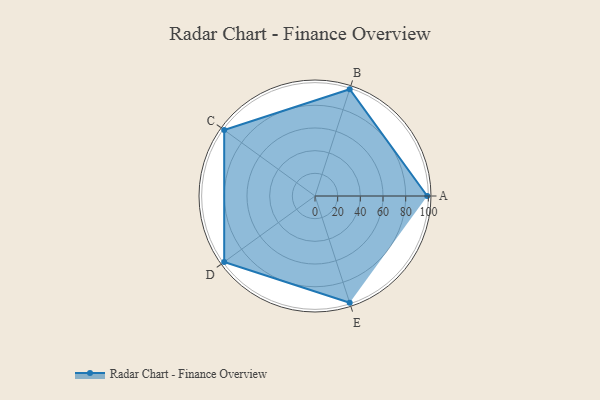
{"axis": {"x": "Skill", "y": "Score"}, "legend": ["Profile"], "data": [{"x": "A", "y": 99, "type": "Profile"}, {"x": "B", "y": 99, "type": "Profile"}, {"x": "C", "y": 99, "type": "Profile"}, {"x": "D", "y": 99, "type": "Profile"}, {"x": "E", "y": 99, "type": "Profile"}]}